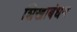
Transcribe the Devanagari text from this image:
शिखाबंधन